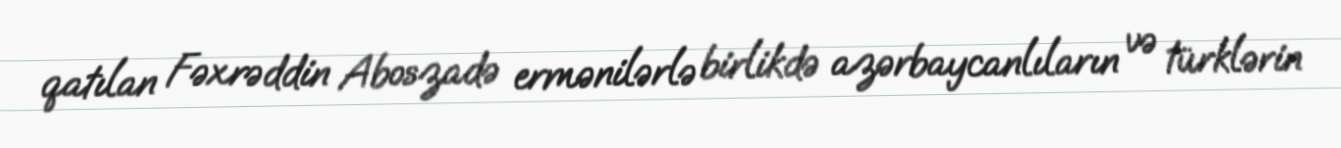
qatılan Fəxrəddin Aboszadə ermənilərlə birlikdə azərbaycanlıların və türklərin